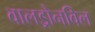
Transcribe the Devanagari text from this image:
वालड्रोनविल